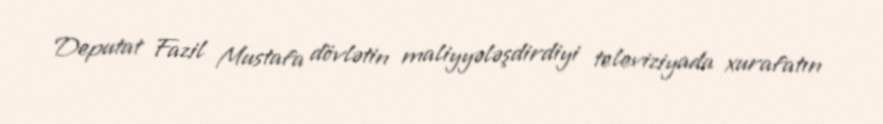
Deputat Fazil Mustafa dövlətin maliyyələşdirdiyi televiziyada xurafatın